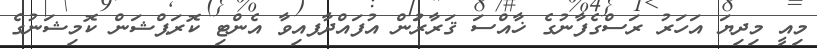
މިއީ މިދިޔަ އަހަރު ރަސްގެފާނުގެ ޚާއްސަ ޤަރާރަުން އުފައްދާފއިވާ އެންޓި ކޮރަޕްޝަން ކޮމިޝަނުގެ